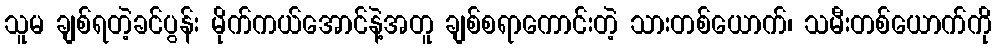
သူမ ချစ်ရတဲ့ခင်ပွန်း မိုက်ကယ်အောင်နဲ့အတူ ချစ်စရာကောင်းတဲ့ သားတစ်ယောက်၊ သမီးတစ်ယောက်ကို